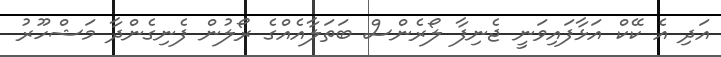
އަދި އެ ކޭކް އަޅާފައިވަނީ ޖެނިފާ ލޯރެންސް ބަތަލާއެއްގެ ރޯލުން ފެނިގެންދާ މަޝްހޫރު